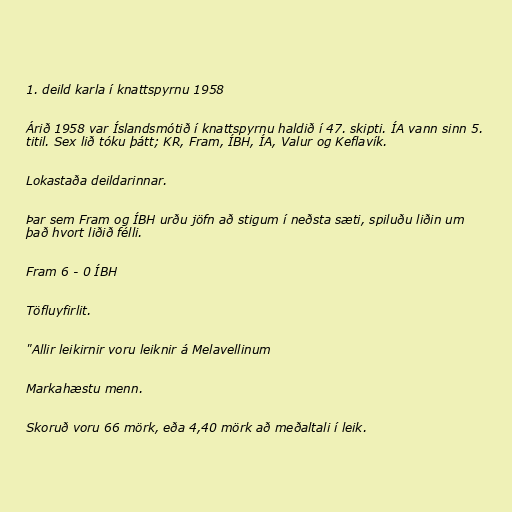
1. deild karla í knattspyrnu 1958

Árið 1958 var Íslandsmótið í knattspyrnu haldið í 47. skipti. ÍA vann sinn 5.
titil. Sex lið tóku þátt; KR, Fram, ÍBH, ÍA, Valur og Keflavík.

Lokastaða deildarinnar.

Þar sem Fram og ÍBH urðu jöfn að stigum í neðsta sæti, spiluðu liðin um
það hvort liðið félli.

Fram 6 - 0 ÍBH

Töfluyfirlit.

"Allir leikirnir voru leiknir á Melavellinum

Markahæstu menn.

Skoruð voru 66 mörk, eða 4,40 mörk að meðaltali í leik.